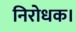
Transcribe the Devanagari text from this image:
निरोधक।